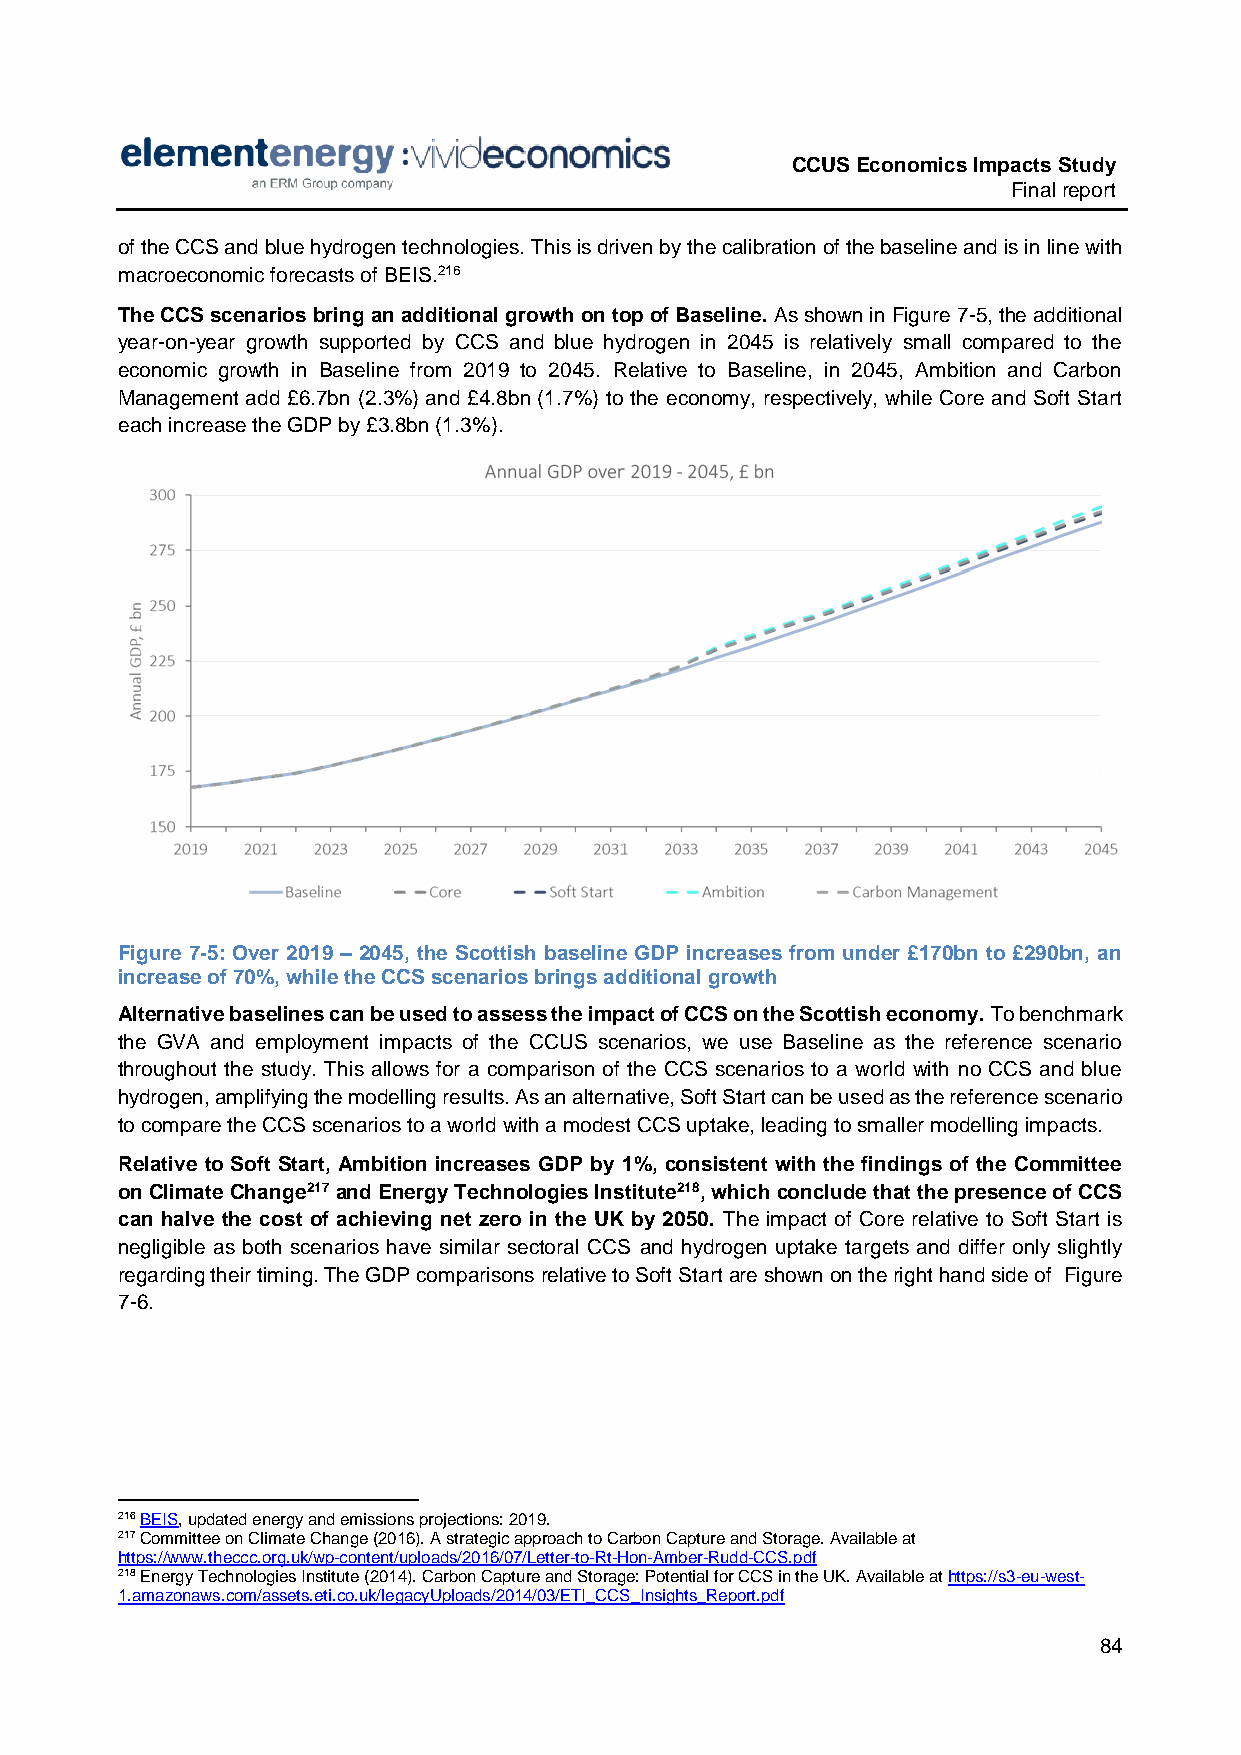
CCUS Economics Impacts Study
 Final report
 of the CCS and blue hydrogen technologies. This is driven by the calibration of the baseline and is in line with
 macroeconomic forecasts of BEIS.216
 The CCS scenarios bring an additional growth on top of Baseline. As shown in Figure 7-5, the additional
 year-on-year growth supported by CCS and blue hydrogen in 2045 is relatively small compared to the
 economic growth in Baseline from 2019 to 2045. Relative to Baseline, in 2045, Ambition and Carbon
 Management add £6.7bn (2.3%) and £4.8bn (1.7%) to the economy, respectively, while Core and Soft Start
 each increase the GDP by £3.8bn (1.3%).
 Figure 7-5: Over 2019 – 2045, the Scottish baseline GDP increases from under £170bn to £290bn, an
 increase of 70%, while the CCS scenarios brings additional growth
 Alternative baselines can be used to assess the impact of CCS on the Scottish economy. To benchmark
 the GVA and employment impacts of the CCUS scenarios, we use Baseline as the reference scenario
 throughout the study. This allows for a comparison of the CCS scenarios to a world with no CCS and blue
 hydrogen, amplifying the modelling results. As an alternative, Soft Start can be used as the reference scenario
 to compare the CCS scenarios to a world with a modest CCS uptake, leading to smaller modelling impacts.
 Relative to Soft Start, Ambition increases GDP by 1%, consistent with the findings of the Committee
 on Climate Change217 and Energy Technologies Institute218, which conclude that the presence of CCS
 can halve the cost of achieving net zero in the UK by 2050. The impact of Core relative to Soft Start is
 negligible as both scenarios have similar sectoral CCS and hydrogen uptake targets and differ only slightly
 regarding their timing. The GDP comparisons relative to Soft Start are shown on the right hand side of Figure
 7-6.
 216 BEIS, updated energy and emissions projections: 2019.
 217 Committee on Climate Change (2016). A strategic approach to Carbon Capture and Storage. Available at
 https://www.theccc.org.uk/wp-content/uploads/2016/07/Letter-to-Rt-Hon-Amber-Rudd-CCS.pdf
 218 Energy Technologies Institute (2014). Carbon Capture and Storage: Potential for CCS in the UK. Available at https://s3-eu-west-
 1.amazonaws.com/assets.eti.co.uk/legacyUploads/2014/03/ETI_CCS_Insights_Report.pdf
 84